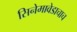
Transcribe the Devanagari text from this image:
सिनेमावेडाचाच